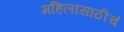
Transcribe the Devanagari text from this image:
महिलांसाठीचं